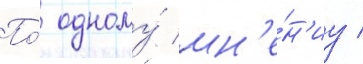
По́ одному́ мн'е́н'иу /